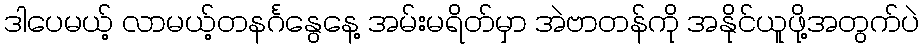
ဒါပေမယ့် လာမယ့်တနင်္ဂနွေနေ့ အမ်းမရိတ်မှာ အဲဗာတန်ကို အနိုင်ယူဖို့အတွက်ပဲ